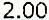
2.00